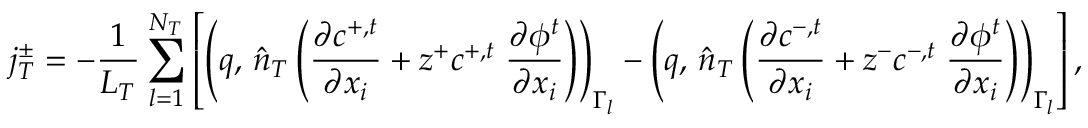
j _ { T } ^ { \pm } = - \frac { 1 } { L _ { T } } \sum _ { l = 1 } ^ { N _ { T } } \left[ \left( q , \, \hat { n } _ { T } \left( \frac { \partial c ^ { + , t } } { \partial x _ { i } } + z ^ { + } c ^ { + , t } \; \frac { \partial \phi ^ { t } } { \partial x _ { i } } \right) \right) _ { \Gamma _ { l } } - \left( q , \, \hat { n } _ { T } \left( \frac { \partial c ^ { - , t } } { \partial x _ { i } } + z ^ { - } c ^ { - , t } \; \frac { \partial \phi ^ { t } } { \partial x _ { i } } \right) \right) _ { \Gamma _ { l } } \right] ,